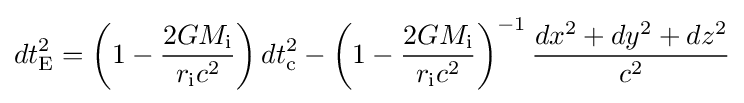
dt_{\text{E}}^{2}=\left(1-{\frac {2GM_{\text{i}}}{r_{\text{i}}c^{2}}}\right)dt_{\text{c}}^{2}-\left(1-{\frac {2GM_{\text{i}}}{r_{\text{i}}c^{2}}}\right)^{-1}{\frac {dx^{2}+dy^{2}+dz^{2}}{c^{2}}}